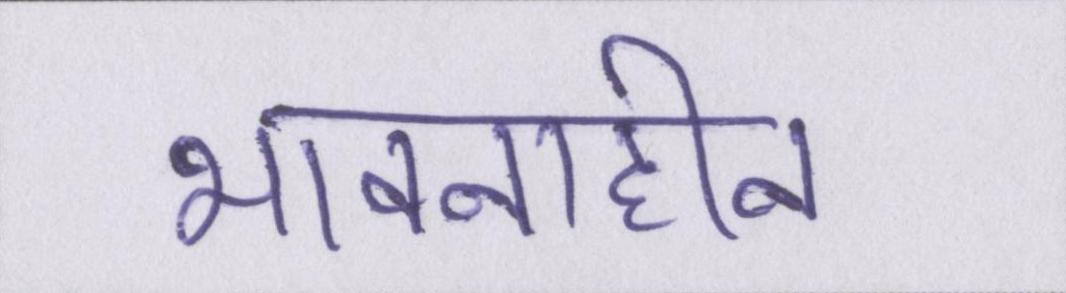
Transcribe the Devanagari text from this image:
भावनाहीन